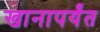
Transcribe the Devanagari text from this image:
खानापर्यंत